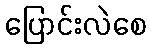
ပြောင်းလဲစေ